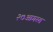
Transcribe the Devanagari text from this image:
२७आगस्त